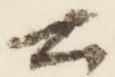
公